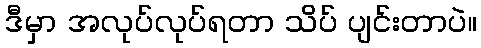
ဒီမှာ အလုပ်လုပ်ရတာ သိပ် ပျင်းတာပဲ။